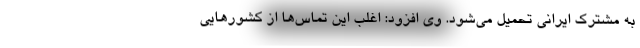
به مشترک ایرانی تحمیل می‌شود. وی افزود: اغلب این تماس‌ها از کشورهایی